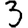
Digit: 3